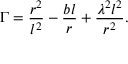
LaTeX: \Gamma = \frac { r ^ { 2 } } { l ^ { 2 } } - \frac { b l } r + \frac { \lambda ^ { 2 } l ^ { 2 } } { r ^ { 2 } } .